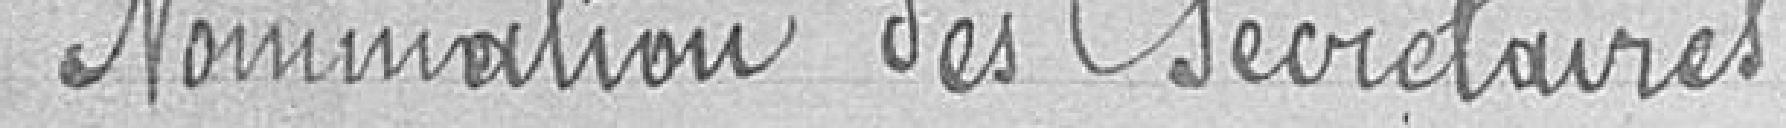
Nomination des Secrétaires